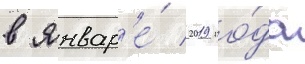
в январ'е́ 2019 го́да